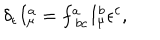
LaTeX: \delta _ { \epsilon } I _ { \mu } ^ { a } = f _ { \ b c } ^ { a } I _ { \mu } ^ { b } \epsilon ^ { c } ,